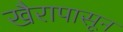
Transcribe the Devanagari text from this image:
खैरापासून